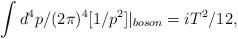
LaTeX: \begin{align*}\int d^{4}p/(2\pi)^{4}[1/p^{2}]|_{boson}=iT^{2}/12,\end{align*}